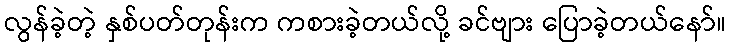
လွန်ခဲ့တဲ့ နှစ်ပတ်တုန်းက ကစားခဲ့တယ်လို့ ခင်ဗျား ပြောခဲ့တယ်နော်။